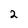
Character: 2